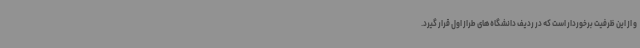
و از این ظرفیت برخوردار است که در ردیف دانشگاه‌های طراز اول قرار گیرد.